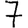
Digit: 7